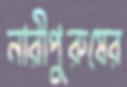
নারীপুরুষের